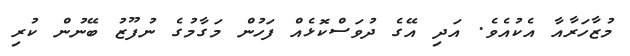
މުޒާހަރާއާ އެކުއެވެ. އަދި އޭގެ ދުވަސްކޮޅެއް ފަހުން މަގާމުގެ ނުފޫޒު ބޭނުން ކުރި